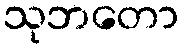
သုဘတော